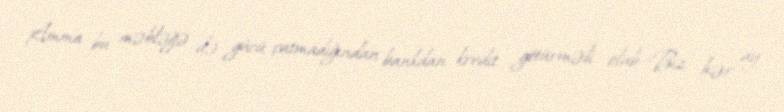
Amma bu məbləğə də gücü çatmadığından bankdan kredit götürməli olub:«Biz hər ay